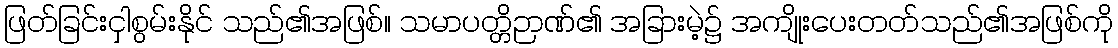
ဖြတ်ခြင်းငှါစွမ်းနိုင် သည်၏အဖြစ်။ သမာပတ္တိဉာဏ်၏ အခြားမဲ့၌ အကျိုးပေးတတ်သည်၏အဖြစ်ကို